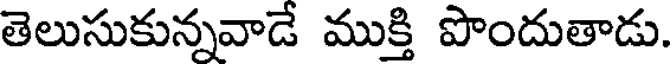
తెలుసుకున్నవాడే ముక్తి పొందుతాడు.